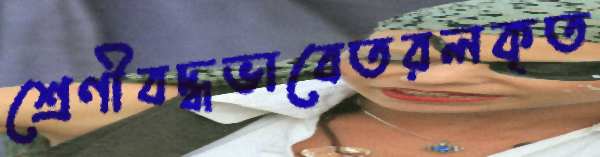
শ্রেণীবদ্ধভাবেতরলকৃত